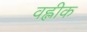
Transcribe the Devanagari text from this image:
वह्लीक